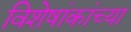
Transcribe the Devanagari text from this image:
विशेषांकांच्या